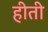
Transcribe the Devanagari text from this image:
हीती